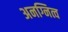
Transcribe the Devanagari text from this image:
अनग्नित्व